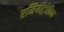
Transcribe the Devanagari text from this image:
एमियोट्रोफ़िक